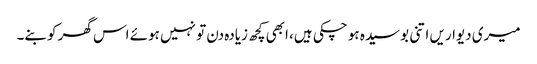
میری دیواریں اتنی بوسیدہ ہو چکی ہیں، ابھی کچھ زیادہ دن تو نہیں ہوئے اس گھر کو بنے۔